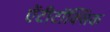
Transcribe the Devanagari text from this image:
ऐंटीटॉक्सिक